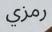
رمزي